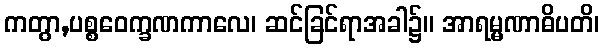
ကတွာ,ပစ္စဝေက္ခဏကာလေ၊ ဆင်ခြင်ရာအခါ၌။ အာရမ္မဏာဓိပတိ၊